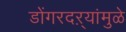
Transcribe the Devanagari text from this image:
डोंगरदऱ्यांमुळे